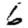
Digit: 6